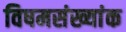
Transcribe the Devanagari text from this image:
विषमसंख्यांक